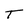
Character: T